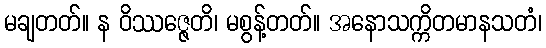
မချတတ်။ န ဝိဿဇ္ဇေတိ၊ မစွန့်တတ်။ အနောသက္ကိတမာနသတံ၊